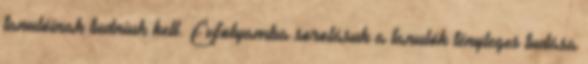
tanulóinak tudniuk kell. Évfolyamba sorolásuk a tanulók tényleges tudása